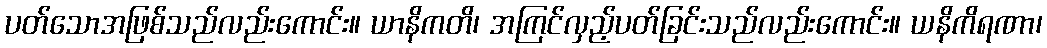
ပတ်သောအဖြစ်သည်လည်းကောင်း။ ယာနိကတိ၊ အကြင်လှည့်ပတ်ခြင်းသည်လည်းကောင်း။ ယနိကိရဏာ၊